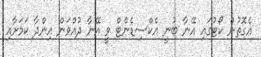
އެގޮތުން ކޯޓުގައި އޭނާ ބުނީ އެކްސިޑެންޓް ވީ އޭނާ ދުއްވަން އިންދާ ކަމަށާއި